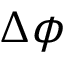
\Delta \phi